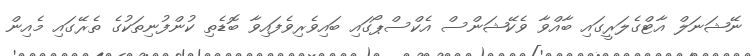
ނޭޝަނަލް އާޓްގެލަރީގައި ބާއްވާ ވެކޭޝަންސް އެކްސްޕޯގައި ބައިވެރިވެފައިވާ ބޮޑެތި ކުންފުނިތަކުގެ ތެރޭގައި މެއިން